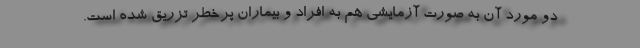
دو مورد آن به صورت آزمایشی هم به افراد و بیماران پرخطر تزریق شده است.